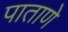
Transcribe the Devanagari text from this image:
पाताणे